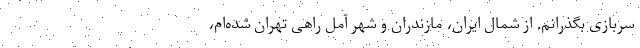
سربازی بگذرانم. از شمال ایران، مازندران و شهر آمل راهی تهران شده‌ام،